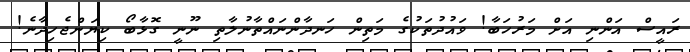
ރައީސް އަންނި އަށް މަރުހަބާ! ވައުދުތަކުގެ މަތިން ހަނދާންނައްތާނުލާތި ނޫނީ ގޮޅާބޯ ކިޔަންޖެހިދާނެ!